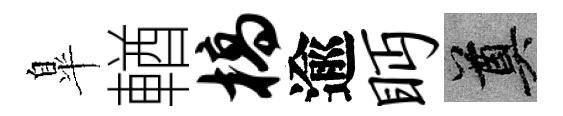
臯輶槁逾眄奠